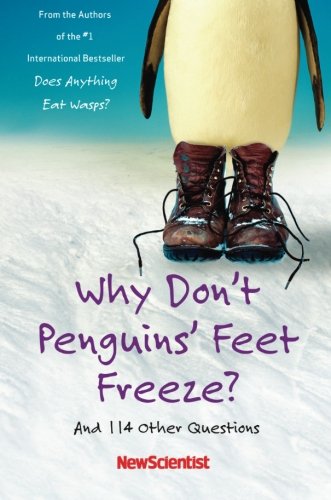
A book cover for Why Don't Penguins' Feet Freeze?: And 114 Other Questions; New Scientist; Humor & Entertainment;